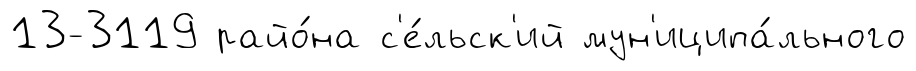
13-3119 райо́на с'е́льск'ий мун'иципа́льного